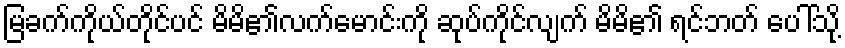
မြခက်ကိုယ်တိုင်ပင် မိမိ၏လက်မောင်းကို ဆုပ်ကိုင်လျက် မိမိ၏ ရင်ဘတ် ပေါ်သို့